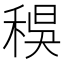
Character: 𥟔